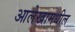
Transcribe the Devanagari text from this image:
आलेखामधील